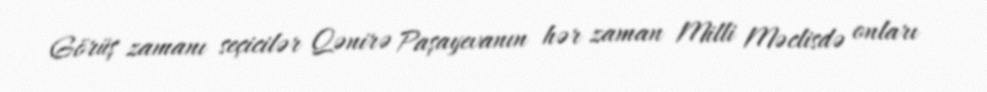
Görüş zamanı seçicilər Qənirə Paşayevanın hər zaman Milli Məclisdə onları